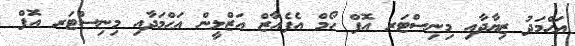
އަޙްމަދު ޒިޔާދާއި މިނިސްޓަރ އޮފް ހޯމް އެފެއާޒް އަޒްލީން އަޙްމަދާއި މިނިސްޓަރ އޮފް